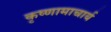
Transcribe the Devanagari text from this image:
कृष्णामाचार्य